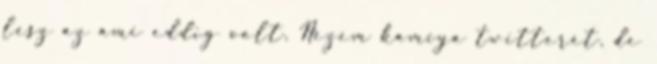
lesz az ami eddig volt. Nézem kamiya twitterét, de